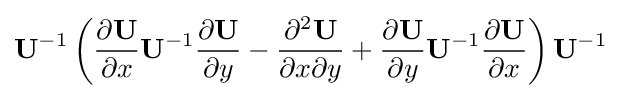
\mathbf {U} ^{-1}\left({\frac {\partial \mathbf {U} }{\partial x}}\mathbf {U} ^{-1}{\frac {\partial \mathbf {U} }{\partial y}}-{\frac {\partial ^{2}\mathbf {U} }{\partial x\partial y}}+{\frac {\partial \mathbf {U} }{\partial y}}\mathbf {U} ^{-1}{\frac {\partial \mathbf {U} }{\partial x}}\right)\mathbf {U} ^{-1}